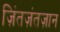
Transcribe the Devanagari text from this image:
ज़िंतज़ंतज़ान